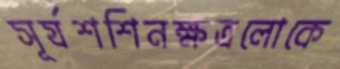
সূর্যশশিনক্ষত্রলোকে